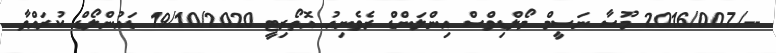
--/2016/007 މޫސާ ނަސީމް މޯލްޑިވްސް އިންލަންޑް ރެވެނިއު އޮތޯރިޓީ 19/10/2020 ޑައުންލޯޑް ކުރައްވާ